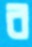
র